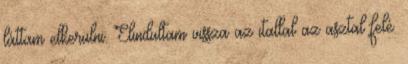
láttam elkerülni. Elindultam vissza az itallal az asztal felé.